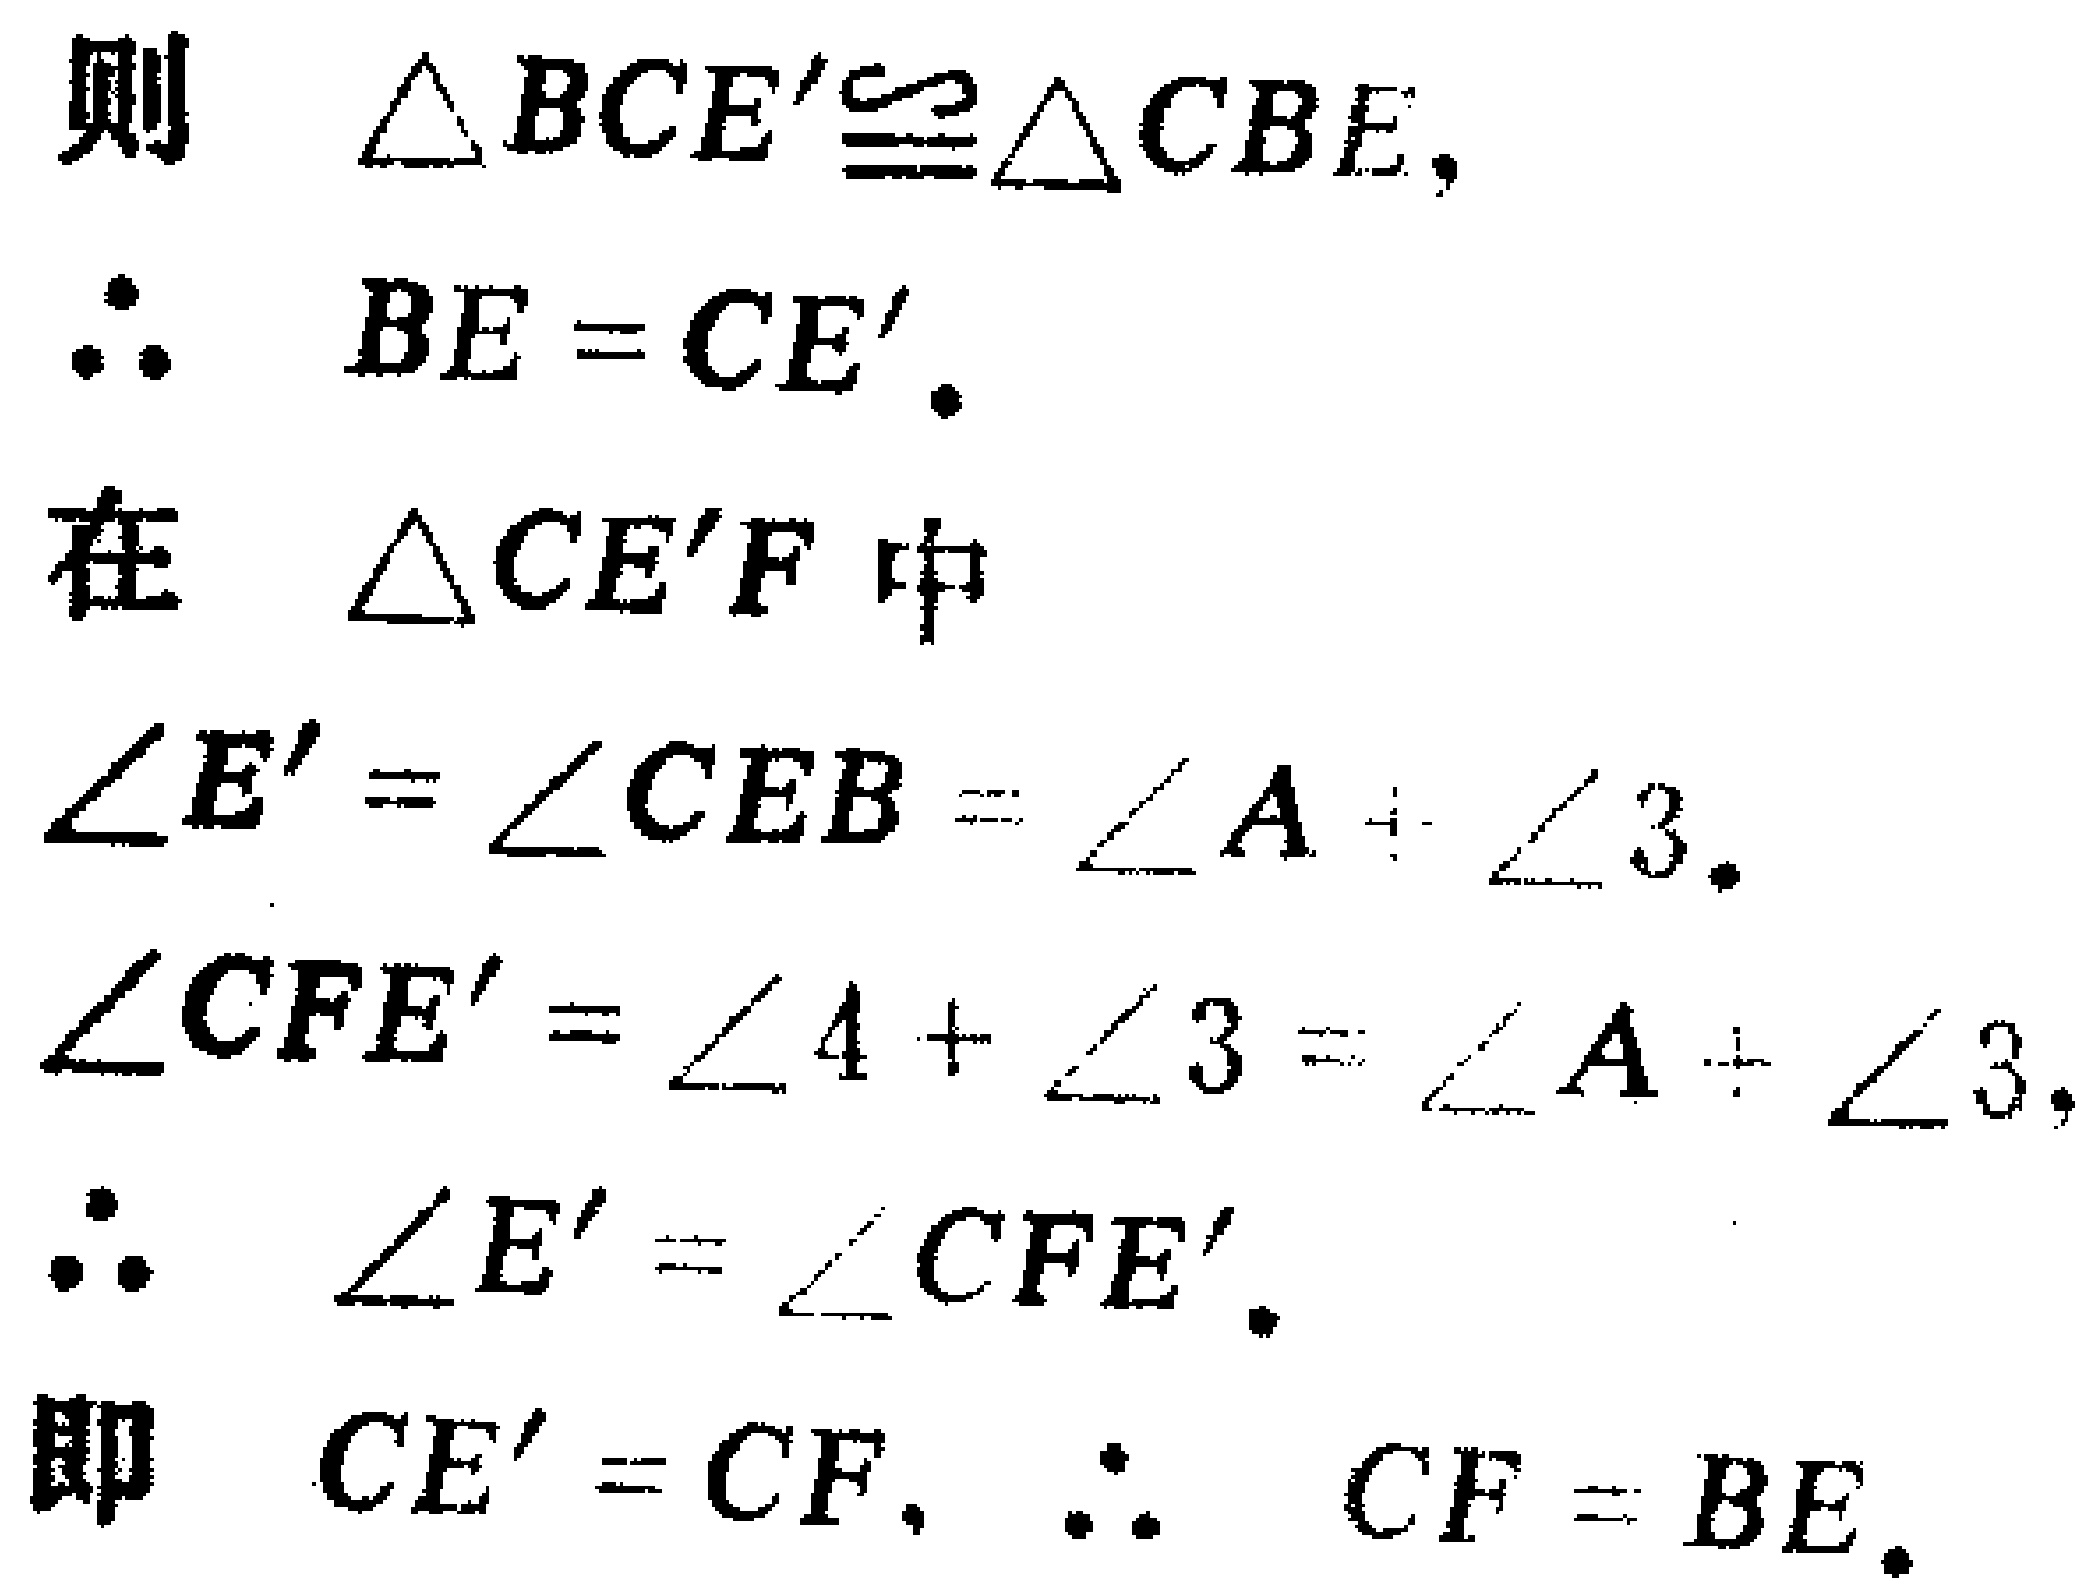
则 $\triangle BCE'\cong\triangle CBE,$
$\therefore BE = CE'.$
在 $\triangle CE'F$ 中
$\angle E' = \angle CEB = \angle A + \angle 3.$
$\angle CFE' = \angle 4 + \angle 3 = \angle A + \angle 3,$
$\therefore \angle E' = \angle CFE'.$
即 $CE' = CF,$ $\therefore CF = BE.$